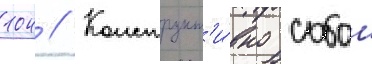
104 // Конструкт'и́вно собои